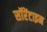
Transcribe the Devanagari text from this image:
सॉरेंटाइन